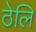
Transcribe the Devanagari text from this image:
ठेलि